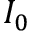
I _ { 0 }